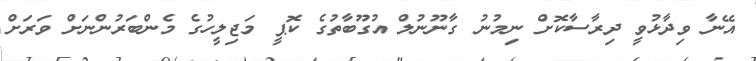
އޭނާ ވިދާޅުވީ ދިރާސާކޮށް ނިމުނު ގާނޫނުލް އުގޫބާތުގެ ކޮޕީ މަޖިލީހުގެ މެންބަރުންނަށް ވަރަށް